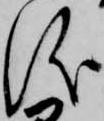
儀